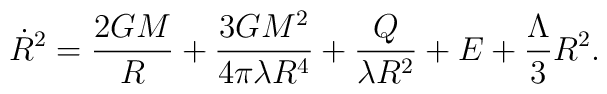
{\dot R}^2 = \frac{2GM}{R} + \frac{3GM^2}{4\pi \lambda R^4} + \frac{Q}{\lambda R^2} + E + \frac{\Lambda}{3}R^2 .